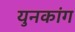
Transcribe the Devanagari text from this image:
युनकांग